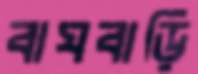
বাঘবাড়ি